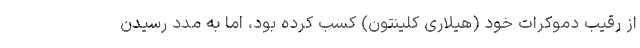
از رقیب دموکرات خود (هیلاری کلینتون) کسب کرده بود، اما به مدد رسیدن